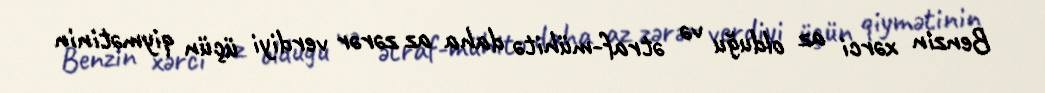
Benzin xərci az olduğu və ətraf-mühitə daha az zərər verdiyi üçün qiymətinin